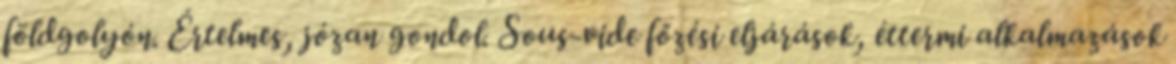
földgolyón. Értelmes, józan gondol. Sous-vide főzési eljárások, éttermi alkalmazások